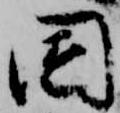
園